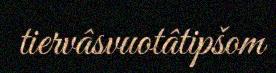
tiervâsvuotâtipšom